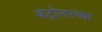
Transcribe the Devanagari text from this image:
कंट्रोलरच्या